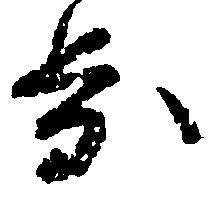
歩